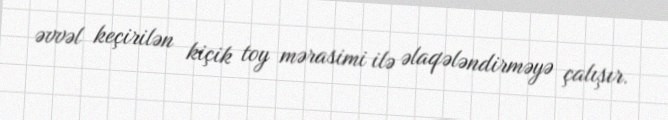
əvvəl keçirilən kiçik toy mərasimi ilə əlaqələndirməyə çalışır.